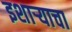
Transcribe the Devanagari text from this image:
इशाऱ्याचा